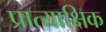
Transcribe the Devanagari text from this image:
प्रात्याक्षिक